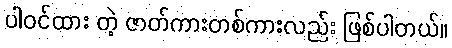
ပါဝင်ထား တဲ့ ဇာတ်ကားတစ်ကားလည်း ဖြစ်ပါတယ်။